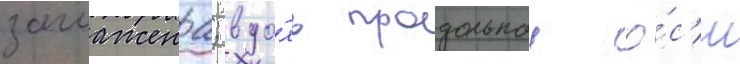
заглажена; вдо́ль продольнои о́с'и